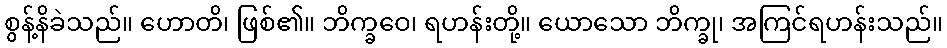
စွန့်နိခဲသည်။ ဟောတိ၊ ဖြစ်၏။ ဘိက္ခဝေ၊ ရဟန်းတို့။ ယောသော ဘိက္ခု၊ အကြင်ရဟန်းသည်။